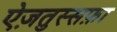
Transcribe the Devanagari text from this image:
ऐज़तुस्सफ़ा